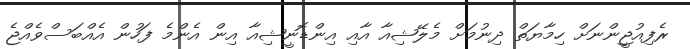
ރެފިއުޖީންނަށް ހިމާޔަތް ދިނުމަށް މެލޭޝިއާ އާއި އިންޑޮނީޝިއާ އިން އެންމެ ފަހުން އެއްބަސްވެއްޖެ